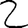
Digit: 2